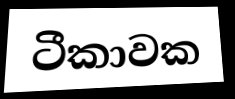
ටීකාවක